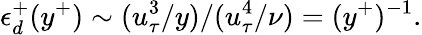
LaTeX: \epsilon_{d}^{+}(y^{+})\sim(u_{\tau}^{3}/y)/(u_{\tau}^{4}/\nu)=(y^{+})^{-1}.